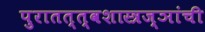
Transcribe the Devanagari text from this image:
पुरातत्त्वशास्त्रज्ञांची